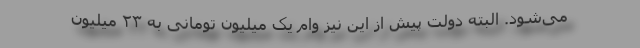
می‌شود. البته دولت پیش از این نیز وام یک میلیون تومانی به ۲۳ میلیون